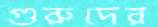
গুরুদের